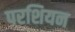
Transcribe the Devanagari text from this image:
परशियन